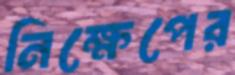
নিক্ষেপের